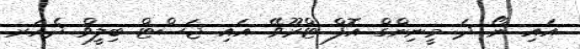
އައި ނޯ ދަ މީނިންގް އޮފް ޓްރޫވޭ. އައި ޖަސްޓް ބިލީވް ދެއަރ